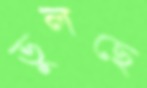
ভুলছে